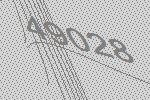
49028